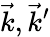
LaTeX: \vec{k},\vec{k}^{\prime}